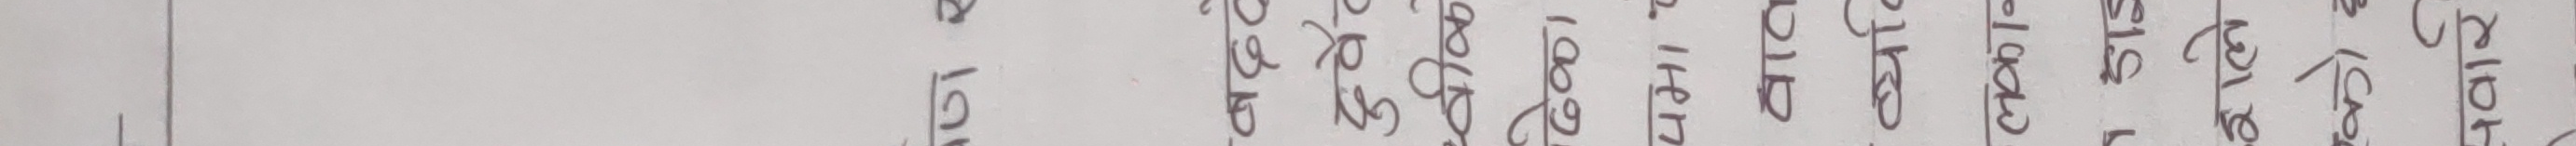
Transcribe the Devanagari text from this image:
१४६।